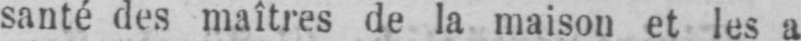
santé des maîtres de la maison et les a